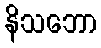
နိသဘော